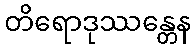
တိရောဒုဿန္တေန